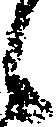
候